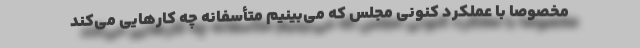
مخصوصا با عملکرد کنونی مجلس که می‌بینیم متأسفانه چه کارهایی می‌کند